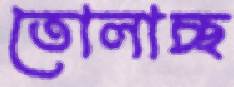
তোলাচ্ছ